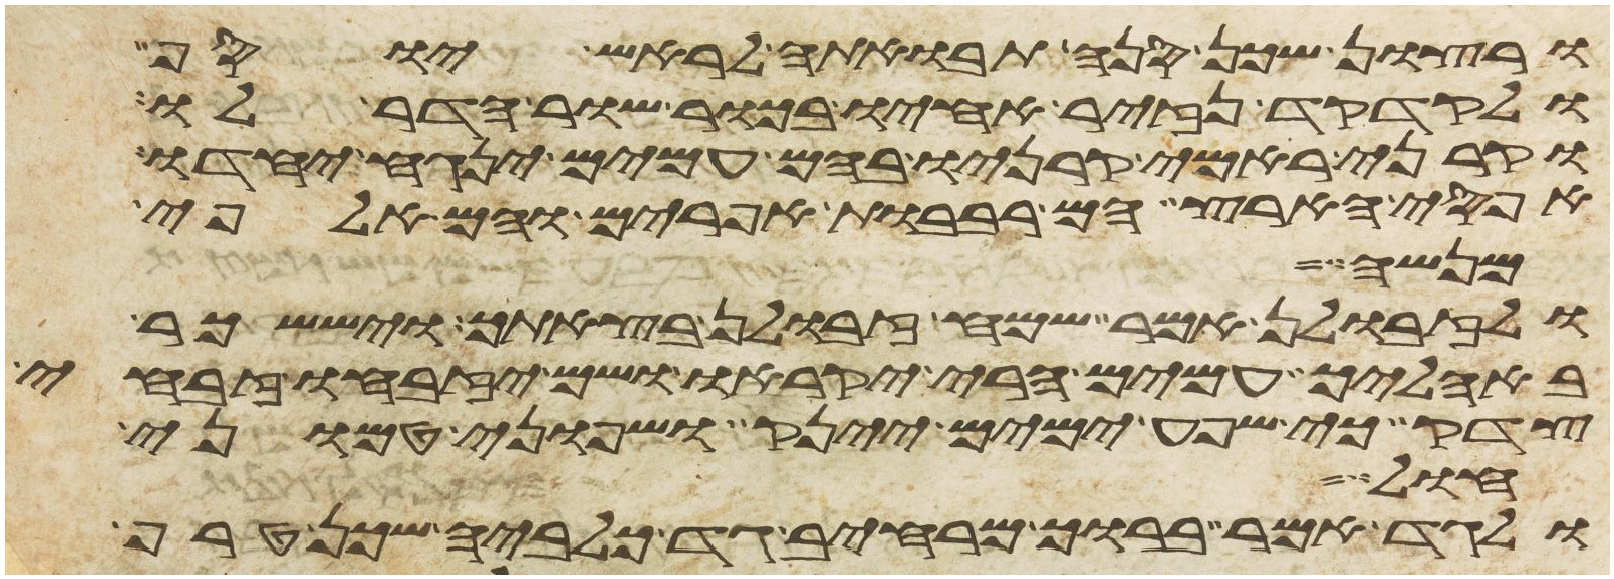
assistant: ורצון שכן סנה תבואתה לראש יוסף
ולקדקד נזיר אחיו בכור שור הדר לו
וקרני ראמי קרניו בהם עמים ינגח יחדו
אפסי הארץ הם רבבות אפרים והם אלפי
מנשה
ולזבולן אמר שמח זבולן בצאתך ויששכר
באהליך עמים הרי יקראו ושם יזבחו זבחי
צדק כי שפע ימים יינק ושפוני טמוני
חול
ולגד אמר ברוך מרחיב גד כלביה שכן טרוף